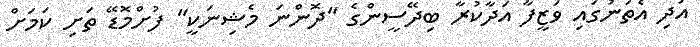
އަދި އެތަނުގައި ވަޒީފާ އަދާކުރާ ބިދޭސީންގެ "ދޮންނަ މެޝިނަކީ" ފުށްމޮޑޭ ތަށި ކަމަށް